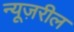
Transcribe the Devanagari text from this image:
न्यूज़रील